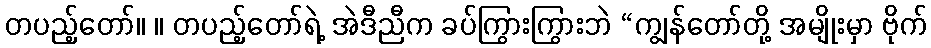
တပည့်တော်။ ။ တပည့်တော်ရဲ့ အဲဒီညီက ခပ်ကြွားကြွားဘဲ “ကျွန်တော်တို့ အမျိုးမှာ ဗိုက်